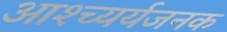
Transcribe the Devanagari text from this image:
आश्च्यर्यजनक